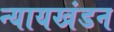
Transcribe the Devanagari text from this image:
न्यायखंडन